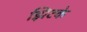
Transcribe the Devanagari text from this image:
झिटके